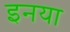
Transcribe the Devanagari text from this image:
इनया